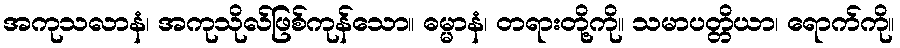
အကုသလာနံ၊ အကုသိုလ်ဖြစ်ကုန်သော။ ဓမ္မာနံ၊ တရားတို့ကို။ သမာပတ္တိယာ၊ ရောက်ကို။